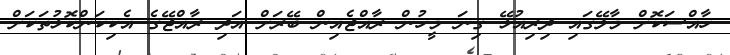
ހާއްސަކޮށް މާލޭގައި ދިރިއުޅޭ ގިނަ މީހުން ރާއްޖެއިން ބޭރަށް އަދި ރާއްޖޭގެ އެކިކަންކޮޅުތަކަށް